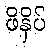
ဖိနှိပ်